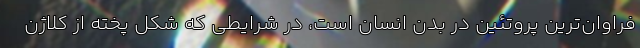
فراوان‌ترین پروتئین در بدن انسان است، در شرایطی که شکل پخته از کلاژن